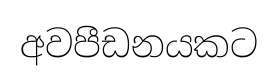
අවපීඩනයකට